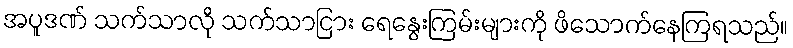
အပူဒဏ် သက်သာလို သက်သာငြား ရေနွေးကြမ်းများကို ဖိသောက်နေကြရသည်။